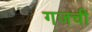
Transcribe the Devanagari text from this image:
गजची